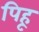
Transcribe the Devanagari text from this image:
पिहू